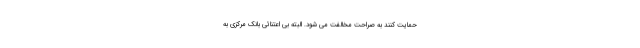
حمایت کنند به صراحت مخالفت می شود. البته بی اعتنائی بانک مرکزی به